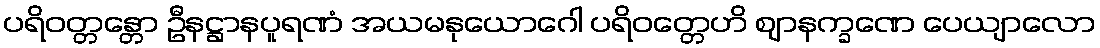
ပရိဝတ္တန္တော ဦနဋ္ဌာနပူရဏံ အယမနုယောဂေါ ပရိဝတ္တေဟိ ဈာနက္ခဏေ ပေယျာလော